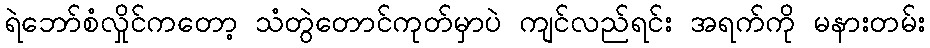
ရဲဘော်စံလှိုင်ကတော့ သံတွဲတောင်ကုတ်မှာပဲ ကျင်လည်ရင်း အရက်ကို မနားတမ်း